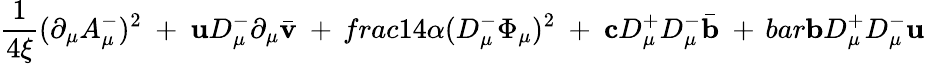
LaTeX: \frac{1}{4\xi}(\partial_{\mu}A_{\mu}^{-})^{2}\ +\ {\mathbf u}D_{\mu}^{-}\partial_{\mu}\bar{\mathbf v}\ +\, frac{1}{4\alpha}(D_{\mu}^{-}\Phi_{\mu})^{2}\ +\ {\mathbf c}D_{\mu}^{+}D_{\mu}^{-}\bar{\mathbf b}\ +\, bar{\mathbf b}D_{\mu}^{+}D_{\mu}^{-}{\mathbf u}